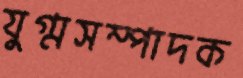
যুগ্মসম্পাদক